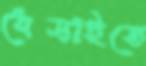
ধেব্‌ড়াইতে